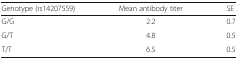
<table><thead><tr><td><b>Genotype (rs14207559)</b></td><td><b>Mean antibody titer</b></td><td><b>SE</b></td></tr></thead><tbody><tr><td>G/G</td><td>2.2</td><td>0.7</td></tr><tr><td>G/T</td><td>4.8</td><td>0.5</td></tr><tr><td>T/T</td><td>6.5</td><td>0.5</td></tr></tbody></table>